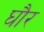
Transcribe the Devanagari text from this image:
घौर